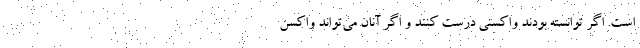
است. اگر توانسته بودند واکسنی درست کنند و اگر آنان می‌تواند واکسن